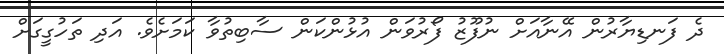
ދެ ފަނޑިޔާރުން އޭނާއަށް ނުފޫޒު ފޯރުވަން އުޅުންކަން ސާބިތުވާ ކަމަށެވެ. އަދި ތަހުގީގަށް